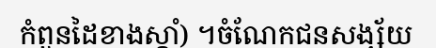
កំពួនដៃខាងស្តាំ) ។ចំណែកជនសង្ស័យ